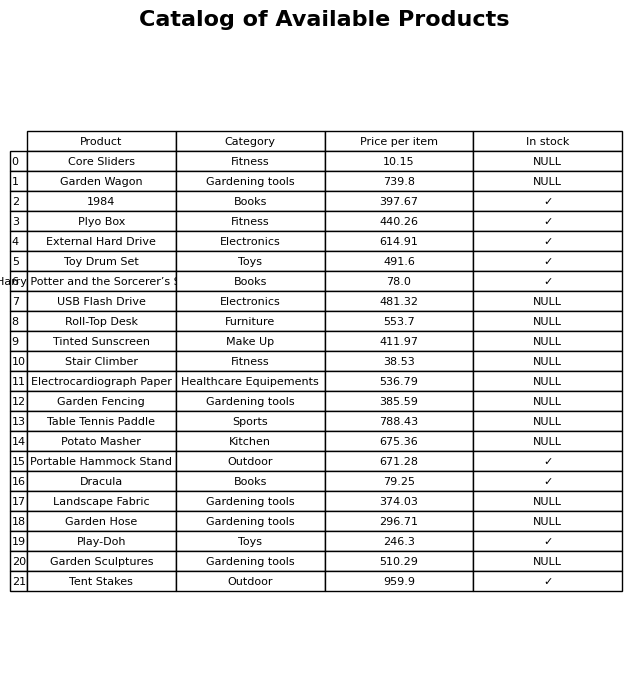
question: What is the price for Garden Sculptures?
answer: The price of Garden Sculptures is 510.29.